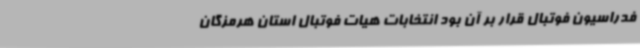
فدراسیون فوتبال قرار بر آن بود انتخابات هیات فوتبال استان هرمزگان